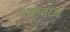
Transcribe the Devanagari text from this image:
पाहतांच